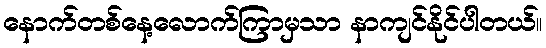
နောက်တစ်နေ့လောက်ကြာမှသာ နာကျင်နိုင်ပါတယ်။